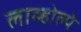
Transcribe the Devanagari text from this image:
लाव्होल्पे